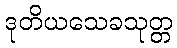
ဒုတိယသေခသုတ္တ